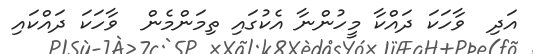
އަދި  ވާހަކަ ދައްކާ މީހުންނާ އެކުގައި ތިމަންމެން  ވާހަކަ ދައްކައި